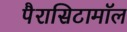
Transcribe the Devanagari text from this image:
पैरासिटामॉल